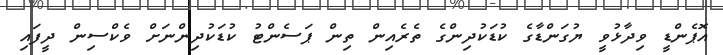
އޮޕެންޑީ ވިދާޅުވީ ޔުގަންޑާގެ ކުޑަކުދިންގެ ތެރެއިން ތިން ޕަސެންޓު ކުޑަކުދިންނަށް ވެކްސިން ދީފައި